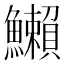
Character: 䲚